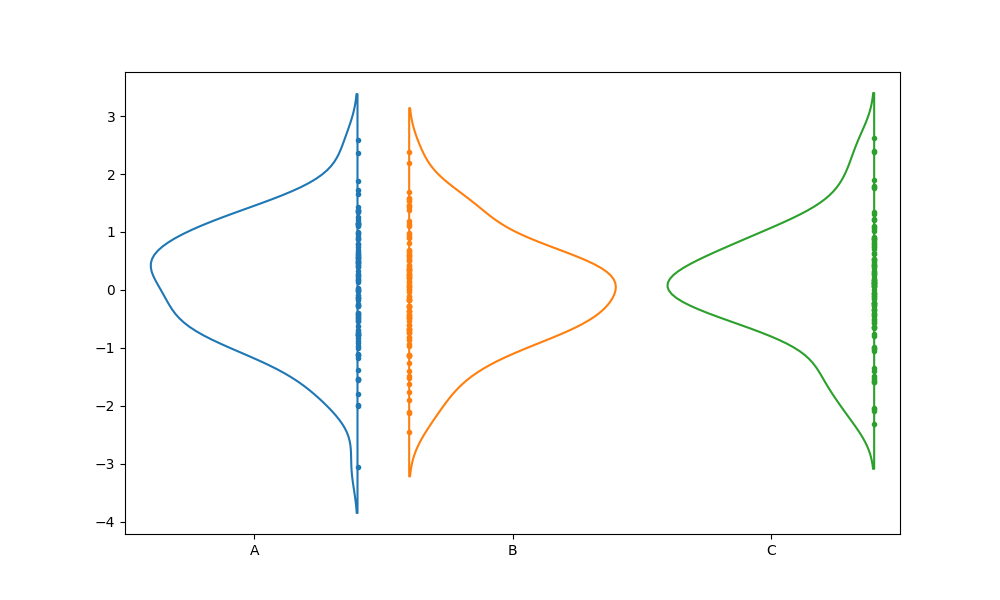
python, seaborn, violinplot, scale='width', split='True', inner='point', fill='False'